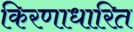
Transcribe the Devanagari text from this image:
किरणाधारित